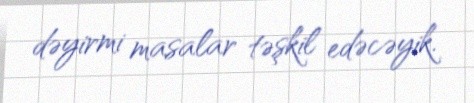
dəyirmi masalar təşkil edəcəyik.